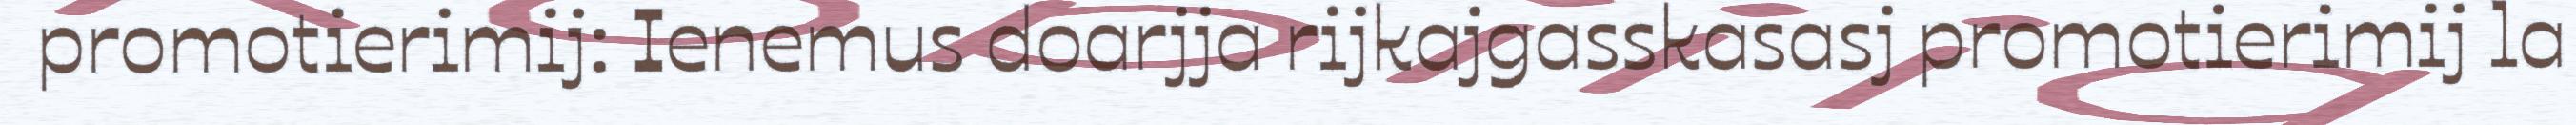
promotierimij: Ienemus doarjja rijkajgasskasasj promotierimij la